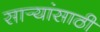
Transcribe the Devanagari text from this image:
सार्‍यांसाठी